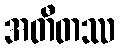
အတီတဿ